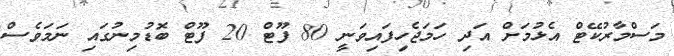
މަސްމާރުކޭޓް އެޅުމަށް އަދި ހަމަޖެހިފައިވަނީ 80 ފޫޓް 20 ފޫޓް ބޮޑުމިނުގައި ނަމަވެސް